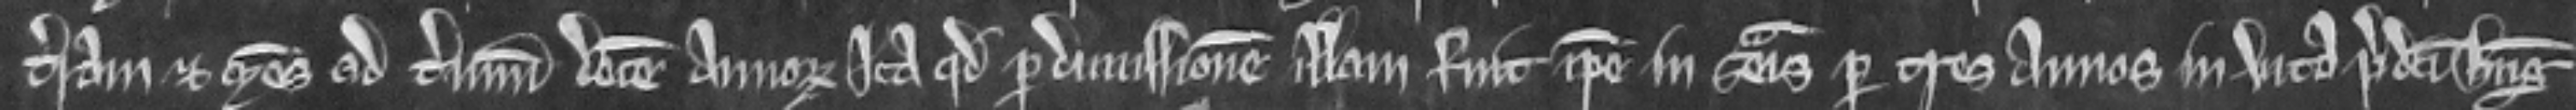
terram et mesuagium ad terminum decem annorum ita quod per dimissionem illam fuit ipse in seisina per tres annos in vita predicti Hugonis